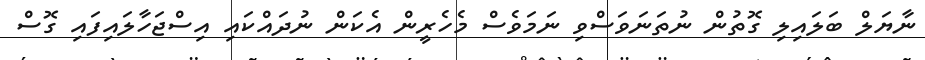
ނާޔަލް ބަލައިލި ގޮތުން ނުތަނަވަސްވި ނަމަވެސް މެހެރީން އެކަން ނުދައްކައި އިސްޖަހާލައިފައި ގޮސް